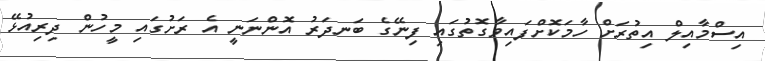
އިސްމާއިލް އިތުރަށް ހާމަކޮށްފައިވާގޮތުގައި ފިނޭގެ ބަނދަރު އޮންނަނީ އެ ރަށުގައި މީހުން ދިރިއުޅޭ